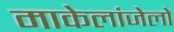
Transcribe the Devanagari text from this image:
माकेलांजेलो